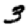
Digit: 3